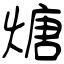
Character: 煻